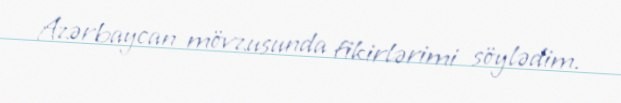
Azərbaycan mövzusunda fikirlərimi söylədim.